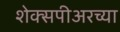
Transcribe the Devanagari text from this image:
शेक्सपीअरच्या